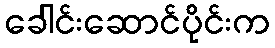
ခေါင်းဆောင်ပိုင်းက